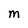
Character: M